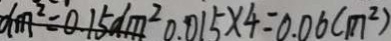
d m ^ { 2 } = 0 . 1 5 d m ^ { 2 } 0 . 0 1 5 \times 4 = 0 . 0 6 ( m ^ { 2 } )